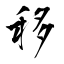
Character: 移